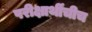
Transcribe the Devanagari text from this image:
परीक्षार्थींचीच